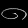
Digit: ၈